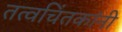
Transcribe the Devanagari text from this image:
तत्वचिंतकांनी